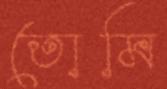
তোমি